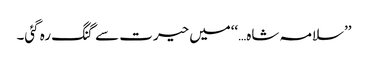
’’سلامہ شاہ…‘‘میں حیرت سے گنگ رہ گئی۔